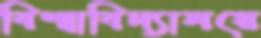
বিশ্বাবিদ্যালয়ে